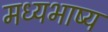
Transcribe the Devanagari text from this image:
मध्यभाष्य